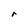
Character: r